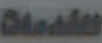
العلامات